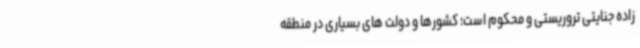
زاده جنایتی تروریستی و محکوم است؛ کشورها و دولت های بسیاری در منطقه